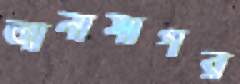
আনাসাগর